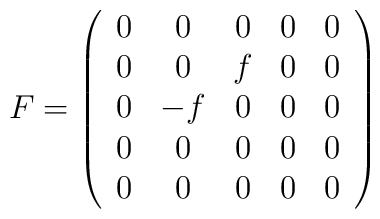
F=\left(\begin{array}{ccccc}0 & 0 & 0 & 0 & 0 \\0 & 0 & f & 0 & 0 \\0 & -f & 0 & 0 & 0 \\0 & 0 & 0 & 0 & 0 \\0 & 0 & 0 & 0 & 0\end{array}\right)